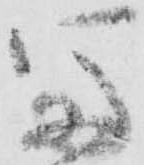
富